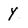
Character: Y